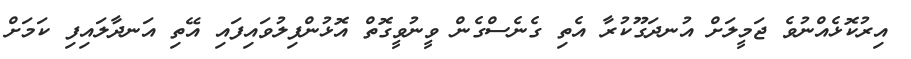
އިރުކޮޅެއްނުވެ ޖަމީލަށް އުނދަގޫކުރާ އެތި ގެނެސްގެން ވީނުވީގޮތް އޮޅުންފިލުވައިފައި އޭތި އަނދާލައިފި ކަމަށް